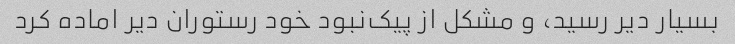
بسیار دیر رسید، و مشکل از پیک‌نبود خود رستوران دیر اماده کرد